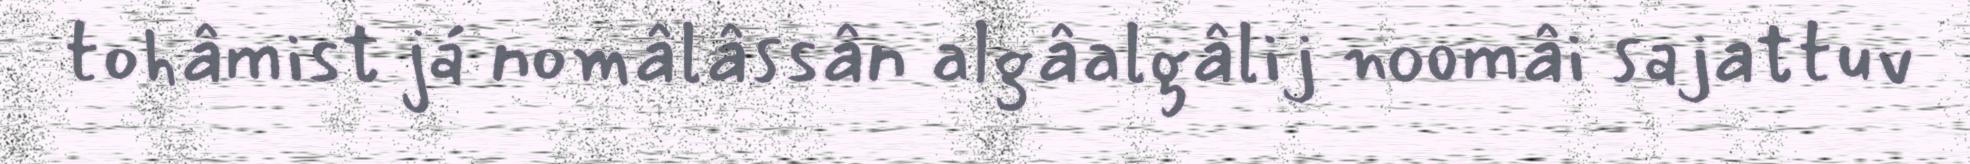
tohâmist já nomâlâssân algâalgâlij noomâi sajattuv